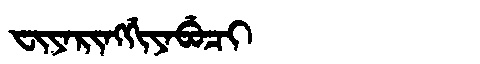
Manchu: ᠸᡳᠶᠠᡵᡳᠩᡤᡳᠶᠠᠪᡠᠴᡳ
Romanization: FIYARINGGIYABUCI